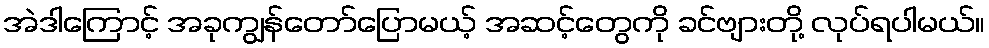
အဲဒါကြောင့် အခုကျွန်တော်ပြောမယ့် အဆင့်တွေကို ခင်ဗျားတို့ လုပ်ရပါမယ်။